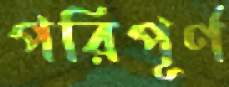
পরিপূর্ণ